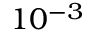
1 0 ^ { - 3 }